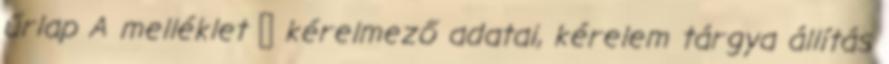
űrlap A melléklet  kérelmező adatai, kérelem tárgya állítás